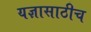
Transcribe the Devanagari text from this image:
यज्ञासाठीच